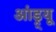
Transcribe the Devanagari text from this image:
आंड्र्यू